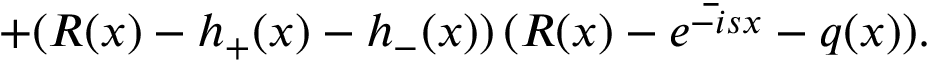
+ ( R ( x ) - h _ { + } ( x ) - h _ { - } ( x ) ) \, \bar { ( R ( x ) - e ^ { - i s x } - q ( x ) ) } .